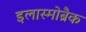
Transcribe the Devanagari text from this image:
इलास्मोब्रैक